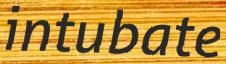
intubate